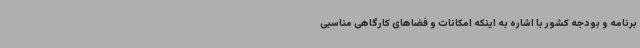
برنامه و بودجه کشور با اشاره به اینکه امکانات و فضاهای کارگاهی مناسبی